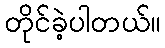
တိုင်ခဲ့ပါတယ်။